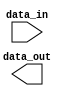
module myModule #(parameter WIDTH = 4) (
  input [WIDTH-1:0] data_in,
  output reg [WIDTH-1:0] data_out
);

initial begin
  // Initial value for parameter
  $display("Parameter WIDTH = %d", WIDTH);
end

// Rest of the module code
// ...

endmodule